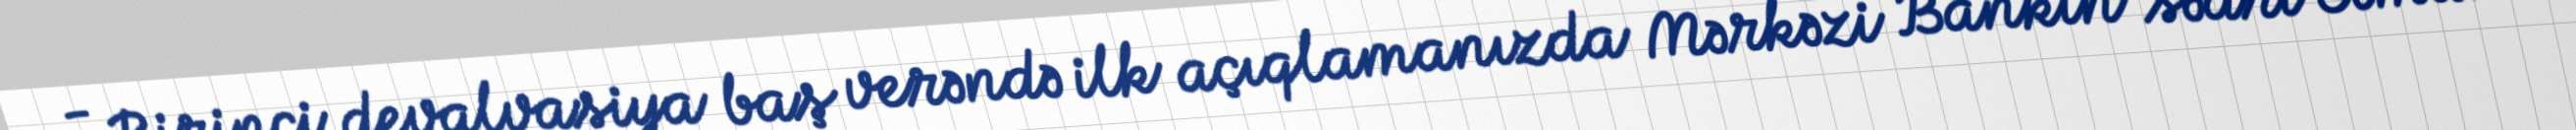
- Birinci devalvasiya baş verəndə ilk açıqlamanızda Mərkəzi Bankın sədri Elman